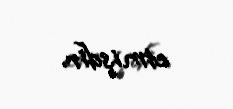
etmişdir.